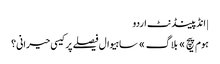
| انڈپینڈنٹ اردو
ہوم پیچ » بلاگ » ساہیوال فیصلے پر کیسی حیرانی؟